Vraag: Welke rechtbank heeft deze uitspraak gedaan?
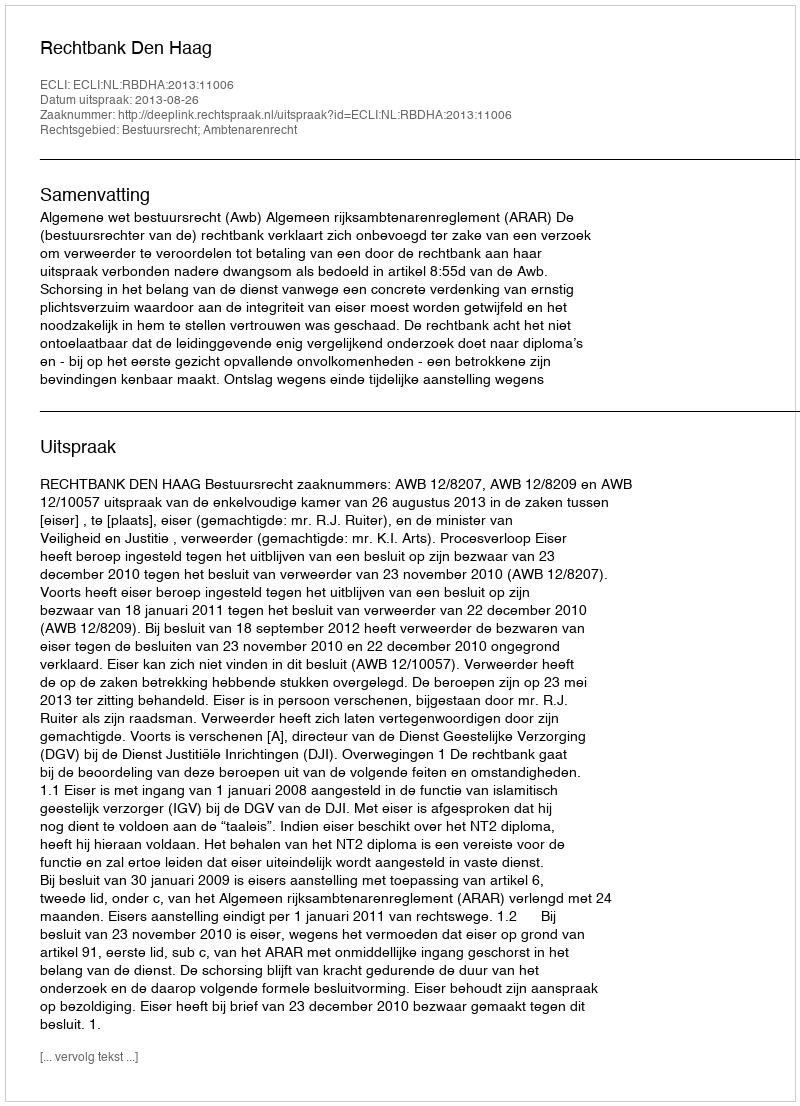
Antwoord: Rechtbank Den Haag